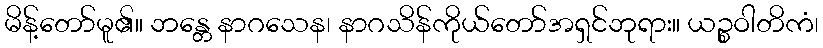
မိန့်တော်မူ၏။ ဘန္တေ နာဂသေန၊ နာဂသိန်ကိုယ်တော်အရှင်ဘုရား။ ယဉ္စဝါတိကံ၊